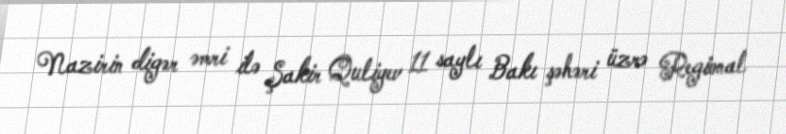
Nazirin digər əmri ilə Şakir Quliyev 11 saylı Bakı şəhəri üzrə Regional